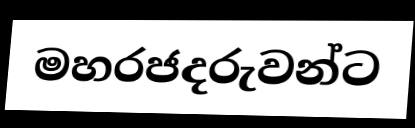
මහරජදරුවන්ට